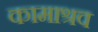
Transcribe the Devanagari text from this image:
कामाश्रव